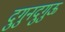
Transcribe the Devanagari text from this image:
दुगुनदुगुऊ